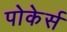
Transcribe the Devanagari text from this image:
पोकेर्स